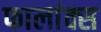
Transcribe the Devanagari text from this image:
फालांक्स